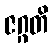
ဇဂ္ဂတိ